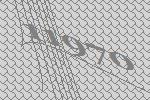
11970